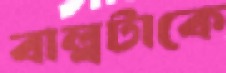
বাল্বটাকে